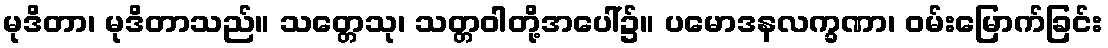
မုဒိတာ၊ မုဒိတာသည်။ သတ္တေသု၊ သတ္တဝါတို့အပေါ်၌။ ပမောဒနလက္ခဏာ၊ ဝမ်းမြောက်ခြင်း